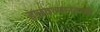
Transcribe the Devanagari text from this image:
हलवल्यानंतरही